Annual report on the working of the lock hospitals in the North-Western Provinces and Oudh
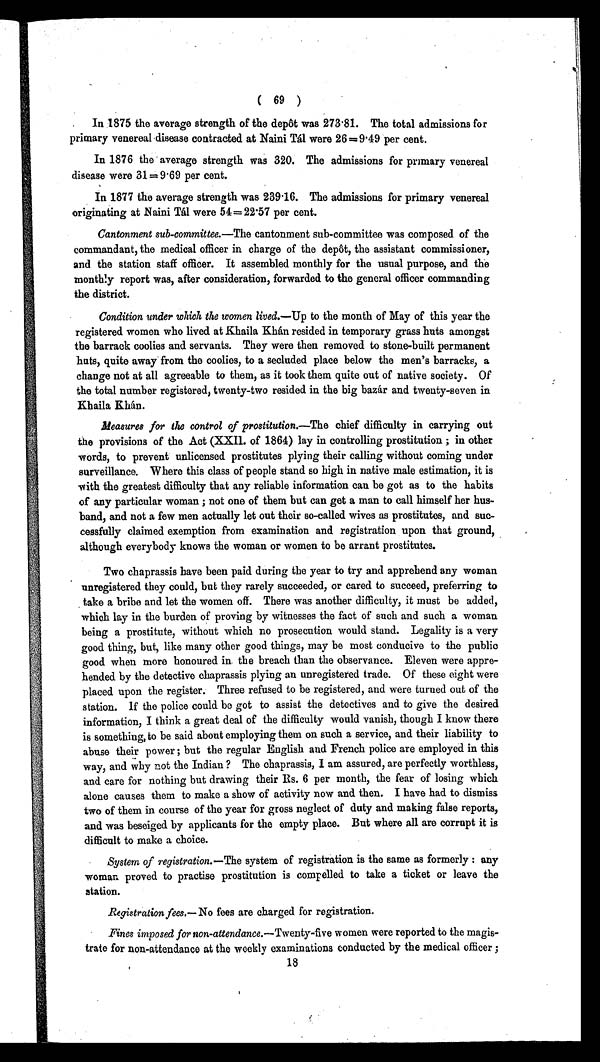
( 69 )
In .1875 the average strength of the depot was 273 .81. The total admissions for
primary venereal . disease contracted at Naini TO were 26=9 .49 per cent.
In 1876 the average strength was 320. The admissions for primary venereal
disease were 31=9 . 69 per cent.
In 1877 the average strength was 239 .16. The admissions for primary venereal
originating at Naini Tal were 54=22 .57 per cent.
Cantonment sub-committee.—The cantonment sub-committee was composed of the
commandant, the medical officer in charge of the depot, the assistant commissioner,
and the station staff officer. It assembled monthly for the usual purpose, and the
monthly report was, after consideration, forwarded to the general officer commanding
the district.
Condition under which the women lived.—Up to the month of May of this year the
registered women who lived at Khaila Khan resided in temporary grass huts amongst
the barrack coolies and servants. They were then removed to stone-built permanent
huts, quite away from the coolies, to a secluded place below the men's barracks, a
change not at all agreeable to them, as it took them quite out of native society. Of
the total number registered, twenty-two resided in the big bazar and twenty-seven in
Khaila Khan.
Measures for the control of prostitution.—The chief difficulty in carrying out
the provisions of the Act (XXII. of 1864) lay in controlling prostitution ; in other
words, to prevent unlicensed prostitutes plying their calling without coming under
surveillance. Where this class of people stand so high in native male estimation, it is
with the greatest difficulty that any reliable information can be got as to the habits
of any particular woman ; not one of them but can get a man to call himself her hus-
band, and not a few men actually let out their so-called wives as prostitutes, and suc-
cessfully claimed exemption from examination and registration upon that ground,
although everybody knows the woman or women to be arrant prostitutes.
Two chaprassis have been paid during the year to try and apprehend any woman
unregistered they could, but they rarely succeeded, or cared to succeed, preferring to
take a bribe and let the women off. There was another difficulty, it must be added,
which lay in the burden of proving by witnesses the fact of such and such a woman
being a prostitute, without which no prosecution would stand. Legality is a very
good thing, but, like many other good things, may be most conducive to the public
good when more honoured in the breach than the observance. Eleven were appre-
hended by the detective chaprassis plying an unregistered trade. Of these eight were
placed upon the register. Three refused to be registered, and were turned out of the
station. If the police could be got to assist the detectives and to give the desired
information, I think a great deal of the difficulty would vanish, though I know there
is something, to be said about employing them on such a service, and their liability to
abuse their power ; but the regular English and French police are employed in this
way, and why not the Indian ? The chaprassis, I am assured, are perfectly worthless,
and care for nothing but drawing their Rs. 6 per month, the fear of losing which
alone causes them to make a show of activity now and then. I have had to dismiss
two of them in course of the year for gross neglect of duty and making false reports,
and was beseiged by applicants for the empty place. But where all are corrupt it is
difficult to make a choice.
System of registration.—The system of registration is the same as formerly : any
woman proved to practise prostitution is compelled to take a ticket or leave the
station.
Registration fees.— No fees are charged for registration.
Fines imposed for non-attendance.--Twenty-five women were reported to the magis-
trate for non-attendance at the weekly examinations conducted by the medical officer ;
18